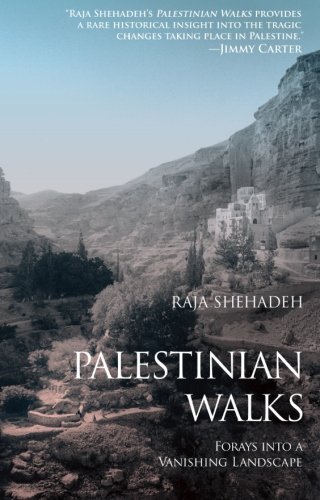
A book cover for Palestinian Walks: Forays into a Vanishing Landscape; Raja Shehadeh; Travel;